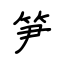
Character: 笋